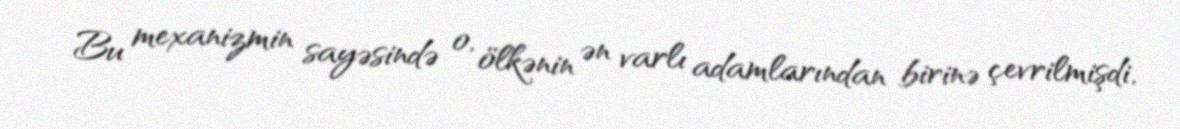
Bu mexanizmin sayəsində o, ölkənin ən varlı adamlarından birinə çevrilmişdi,